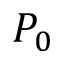
P _ { 0 }